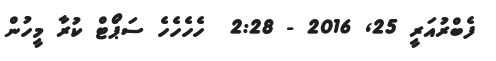
ފެބްރުއަރީ 25